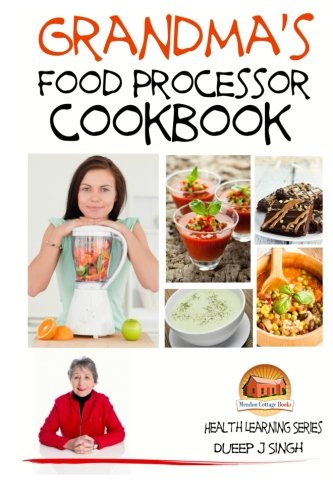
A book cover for Grandma's Food Processor Cookbook; Dueep J. Singh; Cookbooks, Food & Wine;